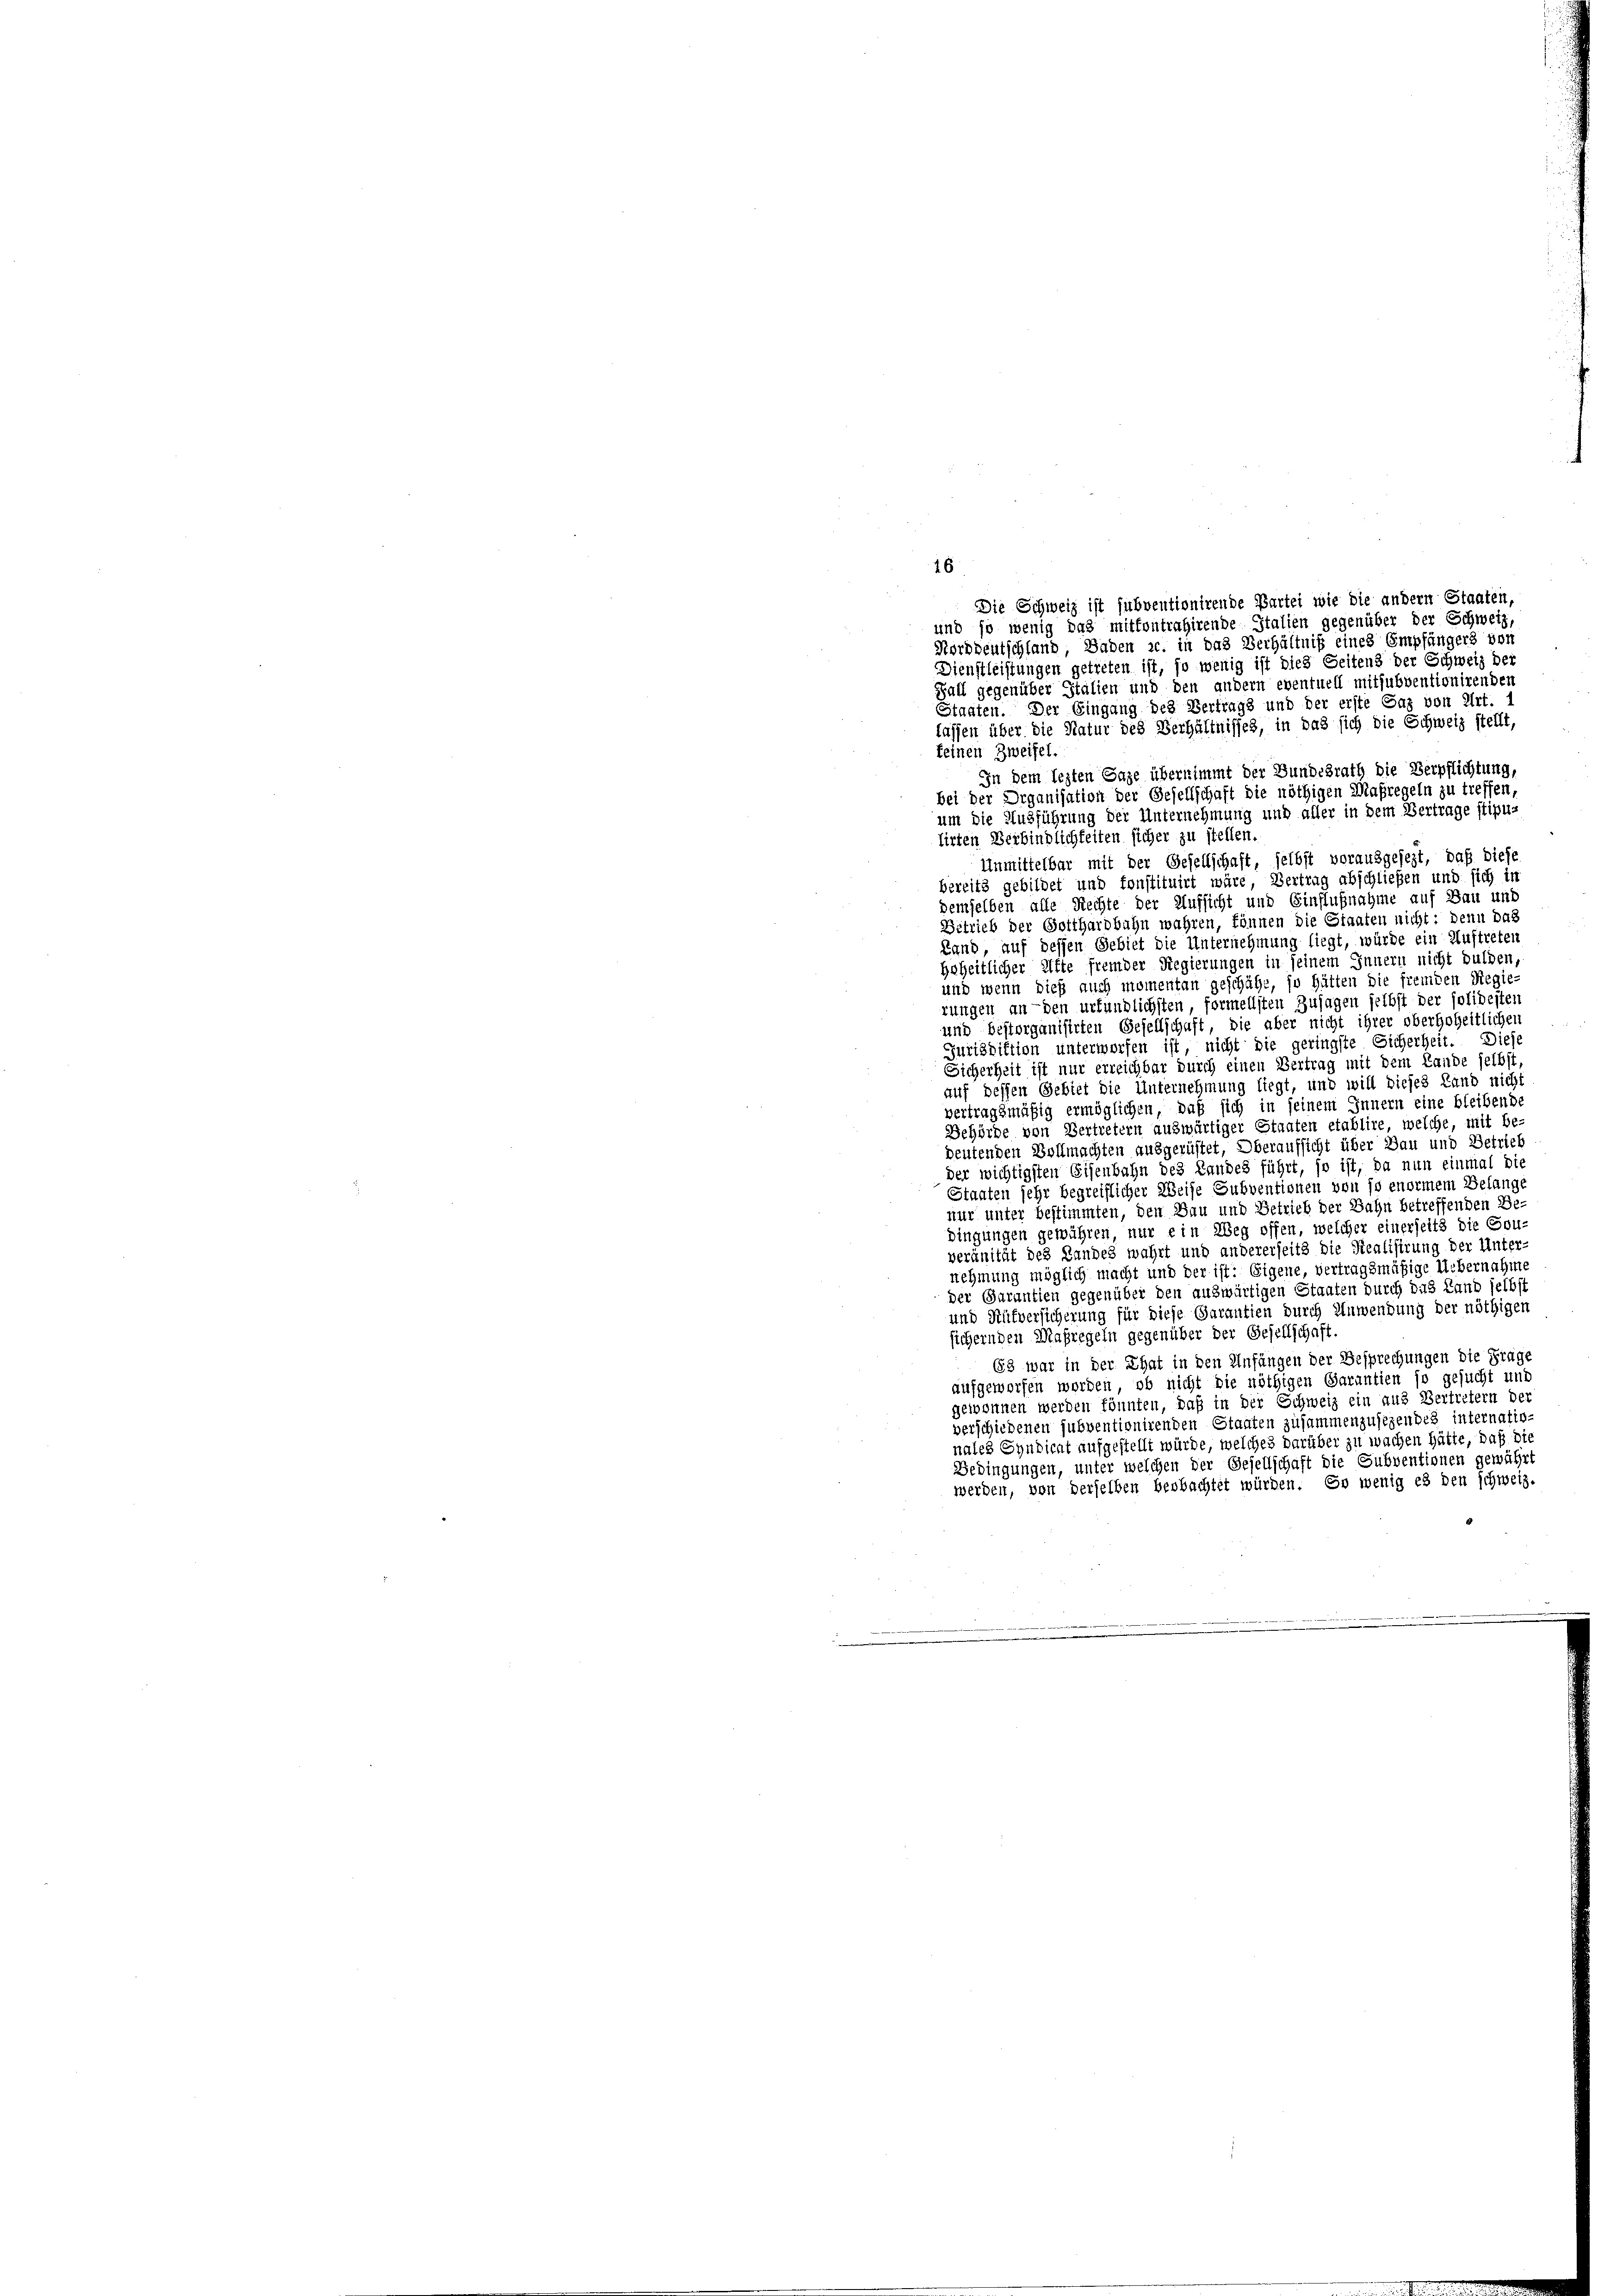
26

Die Schweiz ist subventionirende Partei wie die andern Staaten,
und so wenig das mitfontrahirende Stalien gegenüber der Schweiz,
Norddeutschland, Baden u. in das Verhältniß eines Empfängers von
Dienstleistungen getreten ist, so wenig ist dies Seitens der Schweiz der
Fall gegenüber Stalien und den andern eventuell mitsubventionirenden
Staaten. Der Eingang des Vertrags und der erste Paz von Art. 1
lassen über die Natur des Verhältnisses, in das sich die Schweiz stellt,
keinen Zweifel.
In dem lezten Tage übernimmt der Bundesrath die Verpflichtung,
bei der Organisation der Gesellschaft die nöthigen Maßregeln zu treffen,
um die Ausführung der Unternehmung und aller in dem Vertrage stipu-
tirten Verbindlichkeiten sicher zu stellen
Unmittelbar mit der Gesellschaft, selbst vorausgesezt, daß diese
bereits gebildet und konstituirt wäre, Vertrag abschließen und sich in
demselben alle Rechte der Aufsicht und Einflußnahme auf Bau und
Betrieb der Gotthardbahn wahren, können die Staaten nicht: denn das
Land, auf dessen Gebiet die Unternehmung liegt, würde ein Auftreten
hoheitlicher Afte fremder Regierungen in seinem Innern nicht dulden,
und wenn dieß auch momentan geschähe, so hätten die fremden Regierungen anden urfündlichsten, formellsten Zusagen selbst der solidesten
und bestorganisirten Gesellschaft, die aber nicht ihrer oberhoheitlichen
Jurisdiktion unterworfen ist, nicht die geringste Sicherheit. Diese
Sicherheit ist nur erreichbar durch einen Vertrag mit dem Lande selbst,
auf dessen Gebiet die Unternehmung liegt, und will dieses Land nicht
e
rtragsmäßig ermöglichen, daß sich in seinem Innern eine bleibende
Behörde von Vertretern auswärtiger Staaten etablire, welche, mit be-
deutenden Vollmachten ausgerüstet, Oberaufsicht über Bau und Betrieb
der wichtigsten Eisenbahn des Landes führt, so ist, da nun einmal die
Staaten sehr begreiflicher Weise Subventionen von so enormem Belange
nur unter bestimmten, den Bau und Betrieb der Bahn betreffenden Be-
dingungen gewähren, nur ein Weg offen, welcher einerseits die Gou-
veränität des Landes wahrt und andererseits die Realisirung der Unter-
nehmung möglich macht und der ist: Eigene, vertragsmäßige Uebernahme
der Garantien gegenüber den auswärtigen Staaten durch das Land selbst
und Rüfversicherung für diese Garantien durch Anwendung der nöthigen
sichernden Maßregeln gegenüber der Gesellschaft.
63 war in der That in den Anfängen der Besprechungen die Frage
aufgeworfen worden, ob nicht die nöthigen Garantien so gesucht und
geionnen werden könnten, daß in der Schweiz ein aus Vertretern der
verschiedenen subventionirenden Staaten zusammenzusehendes internatio-
nales Syndicat aufgestellt würde, welches darüber zu wachen hätte, daß die
Bedingungen, unter welchen der Gesellschaft die Subventionen gewährt
werden, von derselben beobachtet würden. So wenig es den schweiz.